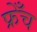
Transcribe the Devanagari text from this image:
फ्रेँच